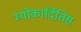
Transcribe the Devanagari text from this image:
म्योकार्दितिस